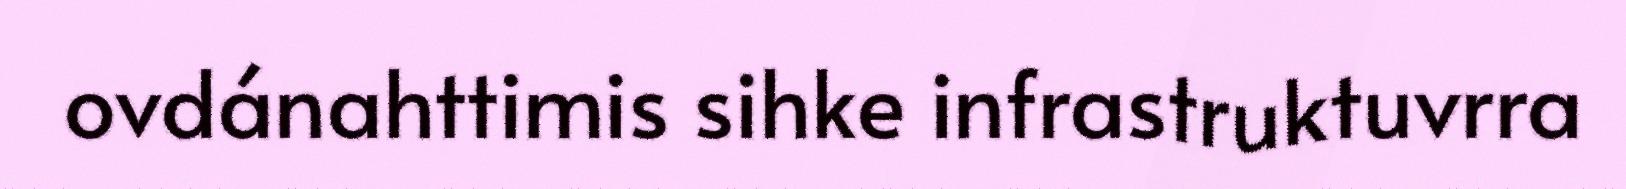
ovdánahttimis sihke infrastruktuvrra